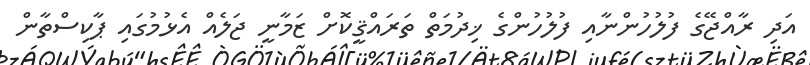
އަދި ރާއްޖޭގެ ފުލުހުންނާއި ފުލުހުންގެ ޚިދުމަތް ތަރައްޤީކޮށް ޒަމާނީ ޖަލެއް އެޅުމުގައި ޕާކިސްތާން